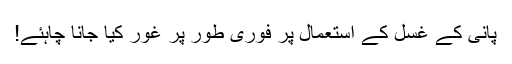
پانی کے غسل کے استعمال پر فوری طور پر غور کیا جانا چاہئے!